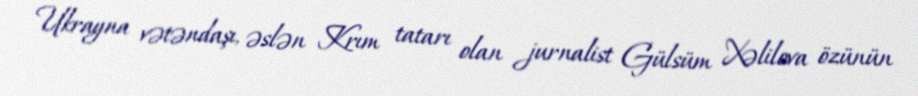
Ukrayna vətəndaşı, əslən Krım tatarı olan jurnalist Gülsüm Xəlilova özünün